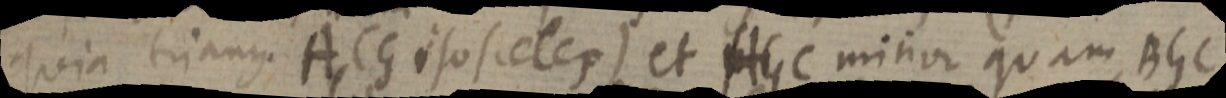
quia triang ACG isosceles) et HGC minor quam BGC